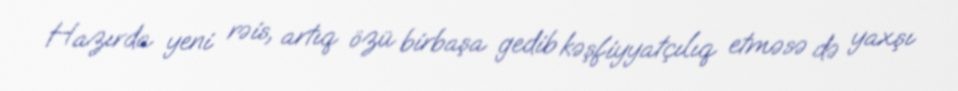
Hazırda yeni rəis, artıq özü birbaşa gedib kəşfiyyatçılıq etməsə də yaxşı